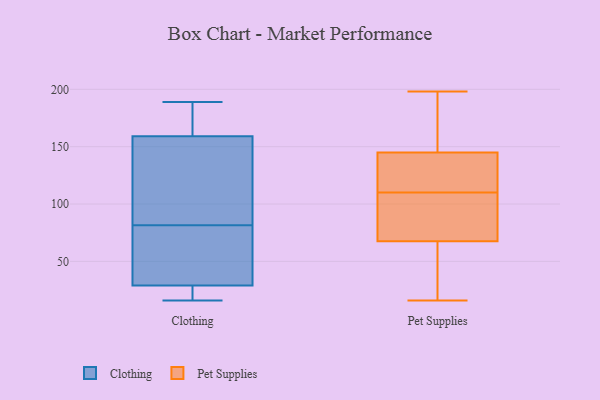
{"axis": {"x": "Conversion Rate (%)", "y": "Value"}, "legend": ["Clothing", "Pet Supplies"], "data": [{"x": "", "y": 123, "type": "Clothing"}, {"x": "", "y": 159, "type": "Clothing"}, {"x": "", "y": 21, "type": "Clothing"}, {"x": "", "y": 16, "type": "Clothing"}, {"x": "", "y": 92, "type": "Clothing"}, {"x": "", "y": 37, "type": "Clothing"}, {"x": "", "y": 71, "type": "Clothing"}, {"x": "", "y": 189, "type": "Clothing"}, {"x": "", "y": 29, "type": "Clothing"}, {"x": "", "y": 180, "type": "Clothing"}, {"x": "", "y": 39, "type": "Pet Supplies"}, {"x": "", "y": 54, "type": "Pet Supplies"}, {"x": "", "y": 16, "type": "Pet Supplies"}, {"x": "", "y": 81, "type": "Pet Supplies"}, {"x": "", "y": 174, "type": "Pet Supplies"}, {"x": "", "y": 72, "type": "Pet Supplies"}, {"x": "", "y": 151, "type": "Pet Supplies"}, {"x": "", "y": 198, "type": "Pet Supplies"}, {"x": "", "y": 83, "type": "Pet Supplies"}, {"x": "", "y": 134, "type": "Pet Supplies"}, {"x": "", "y": 47, "type": "Pet Supplies"}, {"x": "", "y": 110, "type": "Pet Supplies"}, {"x": "", "y": 160, "type": "Pet Supplies"}, {"x": "", "y": 132, "type": "Pet Supplies"}, {"x": "", "y": 143, "type": "Pet Supplies"}, {"x": "", "y": 82, "type": "Pet Supplies"}, {"x": "", "y": 134, "type": "Pet Supplies"}]}